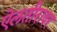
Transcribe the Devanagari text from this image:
ऐलतीरावर